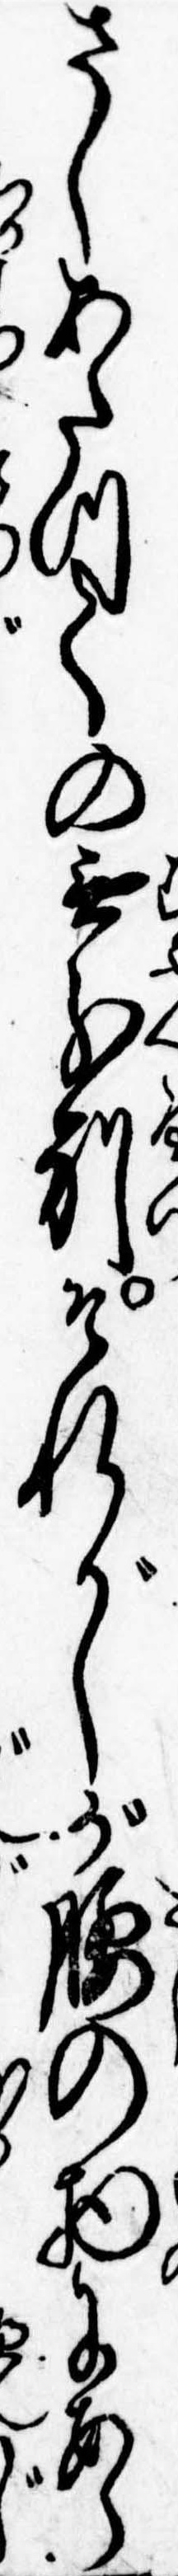
さしあたつての無分別それがしが腰の物にあら